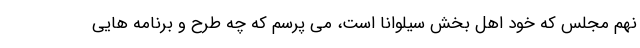
نهم مجلس که خود اهل بخش سیلوانا است، می پرسم که چه طرح و برنامه هایی